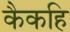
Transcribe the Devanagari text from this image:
कैकहि